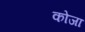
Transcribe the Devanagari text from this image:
कोजा